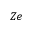
Z e